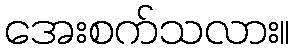
အေးစက်သလား။